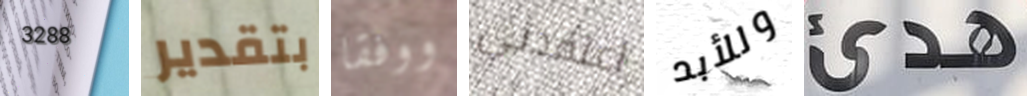
3288 بتقدير ووفقا اعتقدتي وللأبد هدئ